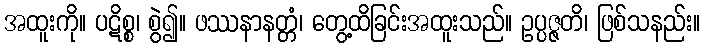
အထူးကို။ ပဋိစ္စ၊ စွဲ၍။ ဖဿနာနတ္တံ၊ တွေ့ထိခြင်းအထူးသည်။ ဥပ္ပဇ္ဇတိ၊ ဖြစ်သနည်း။